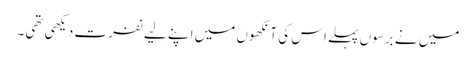
میں نے برسوں پہلے اس کی آنکھوں میں اپنے لیے نفرت دیکھی تھی۔